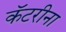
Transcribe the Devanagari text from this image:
कॅटरीना